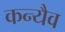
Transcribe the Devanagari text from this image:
कन्यैव